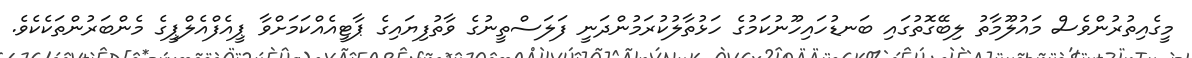
މީގެއިތުރުންވެސް މައުލޫމާތު ލިބޭގޮތުގައި ބަނޑުހައިހޫނުކަމުގެ ހަޅުތާލުކުރަމުންދަނީ ފަލަސްތީނުގެ ވާތުފިޔައިގެ ޕާޓީއެއްކަމަށްވާ ޕީއެފްއެލްޕީގެ މެންބަރުންތަކެކެވެ.